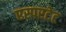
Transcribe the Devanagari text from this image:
एस्परटेट